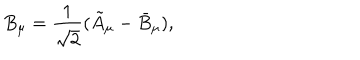
LaTeX: B _ { \mu } = \frac { 1 } { \sqrt { 2 } } ( \tilde { A } _ { \mu } - \bar { B } _ { \mu } ) ,